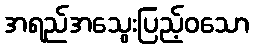
အရည်အသွေးပြည့်ဝသော